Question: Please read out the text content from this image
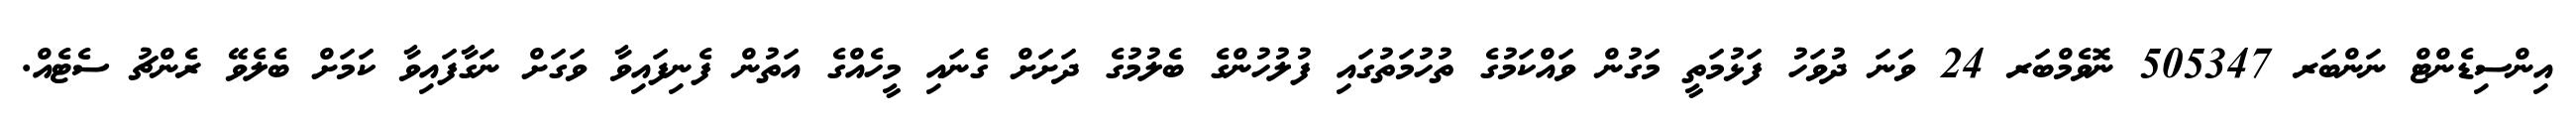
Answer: އިންސިޑެންޓް ނަންބަރ 505347 ނޮވެމްބަރ 24 ވަނަ ދުވަހު ފަޅުމަތީ މަގުން ވައްކަމުގެ ތުހުމަތުގައި ފުލުހުންގެ ބެލުމުގެ ދަށަށް ގެނައި މީހެއްގެ އަތުން ފެނިފައިވާ ވަގަށް ނަގާފައިވާ ކަމަށް ބެލެވޭ ރެންޗު ސެޓެއް.